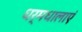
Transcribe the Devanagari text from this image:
धर्मधालाएं